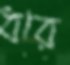
ধরে